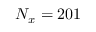
N _ { x } = 2 0 1